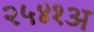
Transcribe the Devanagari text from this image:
२५४१अ